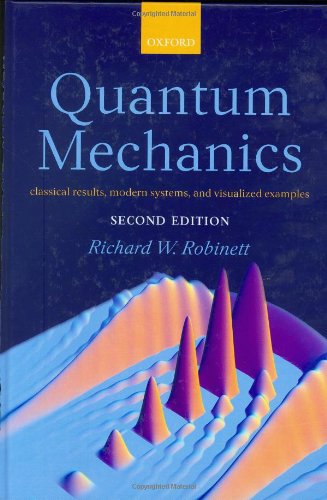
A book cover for Quantum Mechanics: Classical Results, Modern Systems, and Visualized Examples; Richard Robinett; Science & Math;